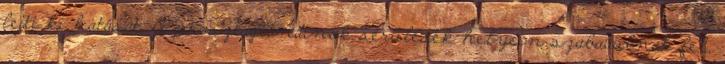
fejti ki hatását. A prosztaglandinok sérülések helyein szabadulnak fel,